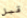
قبل